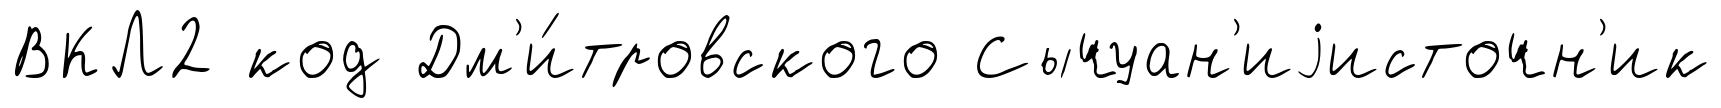
ВКЛ2 код Дм'и́тровского Сычуан'иjисточн'ик